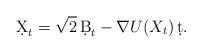
LaTeX: \begin{align*} \d X_t = \sqrt 2 \, \d B_t - \nabla U (X_t) \, \d t . \end{align*}